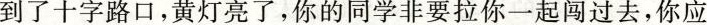
到了十字路口，黄灯亮了，你的同学非要拉你一起闯过去，你应